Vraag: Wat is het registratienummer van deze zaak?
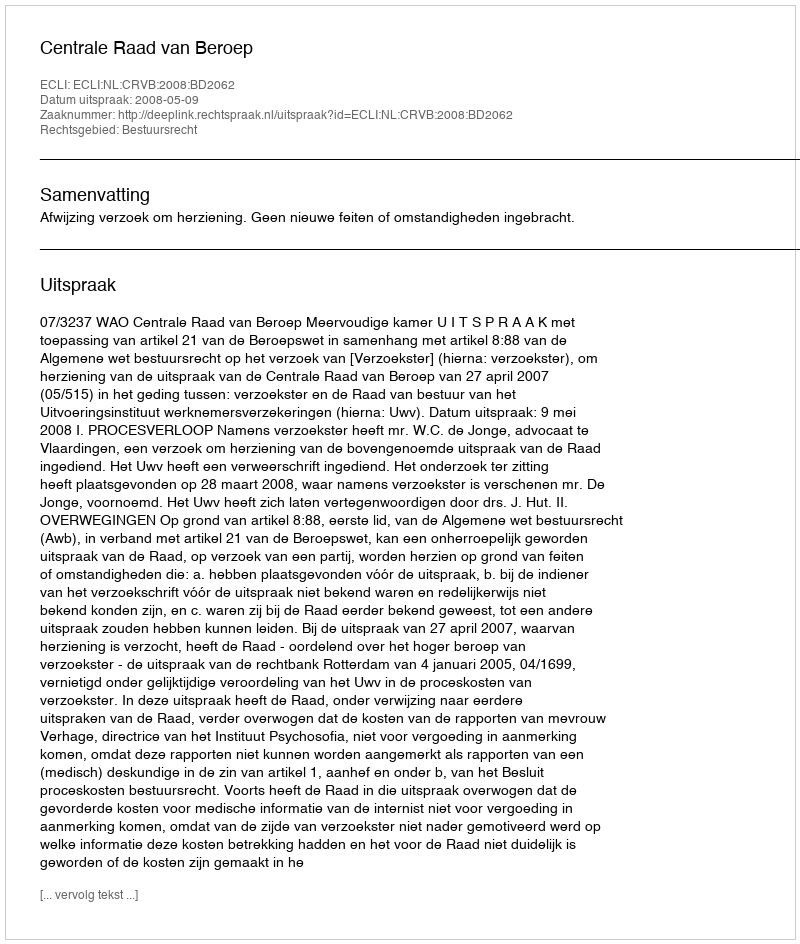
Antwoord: http://deeplink.rechtspraak.nl/uitspraak?id=ECLI:NL:CRVB:2008:BD2062